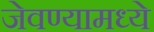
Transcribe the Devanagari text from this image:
जेवण्यामध्ये